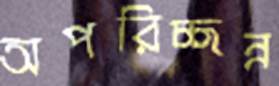
অপরিচ্ছন্ন